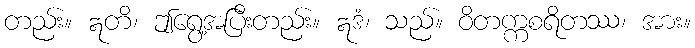
တည်း။ ဣတိ၊ ဤရွေ့အပြီးတည်း။ ဣဒံ၊ သည်။ ဝိတက္ကစရိတဿ၊ အား။